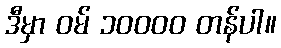
ဒီမှာ ဝမ် ၁၀၀၀၀ တန်ပါ။